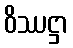
ဝိဿဋ္ဌာ